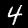
Digit: 4